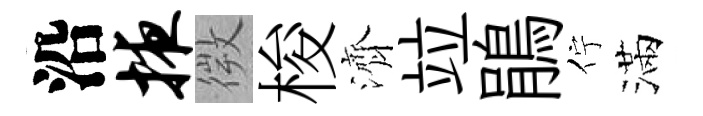
沿掖微梭濟竝鵑佇滿